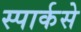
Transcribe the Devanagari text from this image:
स्पार्कसे